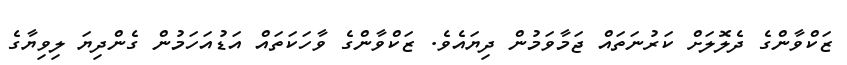
ޒަކްވާންގެ ދެލޮލަށް ކަރުނަތައް ޖަމާވަމުން ދިޔައެވެ. ޒަކްވާންގެ ވާހަކަތައް އަޑުއަހަމުން ގެންދިޔަ ލިވިޔާގެ